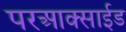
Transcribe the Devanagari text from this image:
परआक्साईड